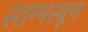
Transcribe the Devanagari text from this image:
स्तम्भस्थूण